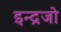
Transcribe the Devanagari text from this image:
इन्द्रजो